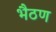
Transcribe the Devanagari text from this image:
भैठण